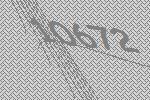
10672